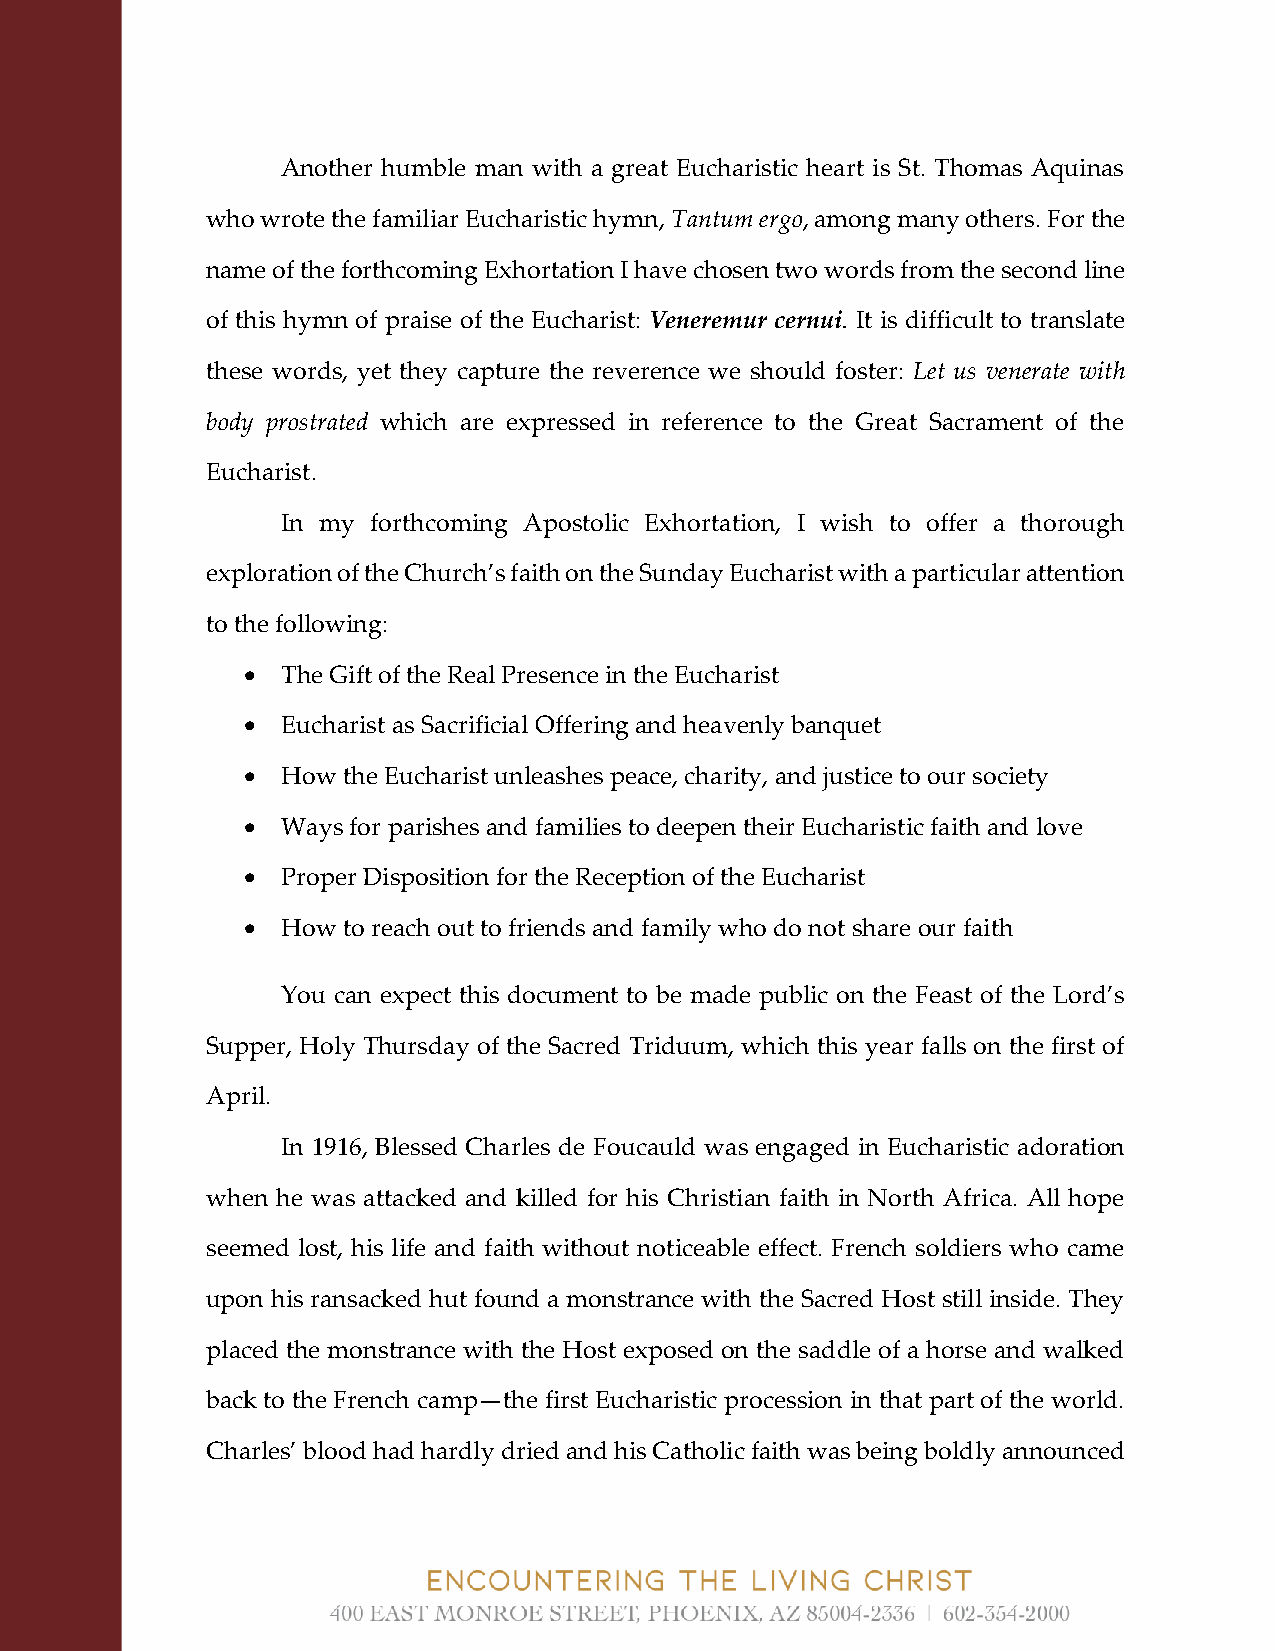
Another humble man with a great Eucharistic heart is St. Thomas Aquinas
 who wrote the familiar Eucharistic hymn, Tantum ergo, among many others. For the
 name of the forthcoming Exhortation I have chosen two words from the second line
 of this hymn of praise of the Eucharist: Veneremur cernui. It is difficult to translate
 these words, yet they capture the reverence we should foster: Let us venerate with
 body prostrated which are expressed in reference to the Great Sacrament of the
 Eucharist.
 In my forthcoming Apostolic Exhortation, I wish to offer a thorough
 exploration of the Church’s faith on the Sunday Eucharist with a particular attention
 to the following:
 •  The Gift of the Real Presence in the Eucharist
 •  Eucharist as Sacrificial Offering and heavenly banquet
 •  How the Eucharist unleashes peace, charity, and justice to our society
 •  Ways for parishes and families to deepen their Eucharistic faith and love
 •  Proper Disposition for the Reception of the Eucharist
 •  How to reach out to friends and family who do not share our faith
 You can expect this document to be made public on the Feast of the Lord’s
 Supper, Holy Thursday of the Sacred Triduum, which this year falls on the first of
 April.
 In 1916, Blessed Charles de Foucauld was engaged in Eucharistic adoration
 when he was attacked and killed for his Christian faith in North Africa. All hope
 seemed lost, his life and faith without noticeable effect. French soldiers who came
 upon his ransacked hut found a monstrance with the Sacred Host still inside. They
 placed the monstrance with the Host exposed on the saddle of a horse and walked
 back to the French camp—the first Eucharistic procession in that part of the world.
 Charles’ blood had hardly dried and his Catholic faith was being boldly announced